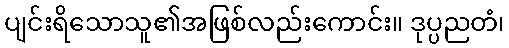
ပျင်းရိသောသူ၏အဖြစ်လည်းကောင်း။ ဒုပ္ပညတံ၊